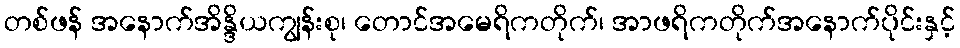
တစ်ဖန် အနောက်အိန္ဒိယကျွန်းစု၊ တောင်အမေရိကတိုက်၊ အာဖရိကတိုက်အနောက်ပိုင်းနှင့်